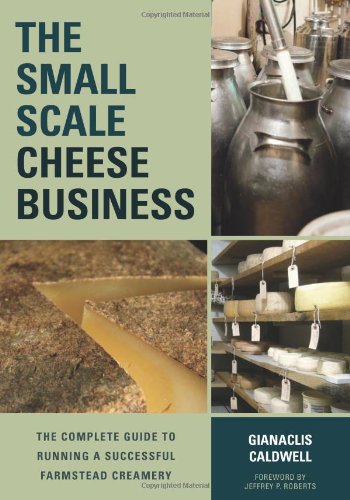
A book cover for The Small-Scale Cheese Business: The Complete Guide to Running a Successful Farmstead Creamery; Gianaclis Caldwell; Cookbooks, Food & Wine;